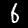
Label: 6